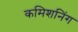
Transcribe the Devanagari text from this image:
कमिशनिंग